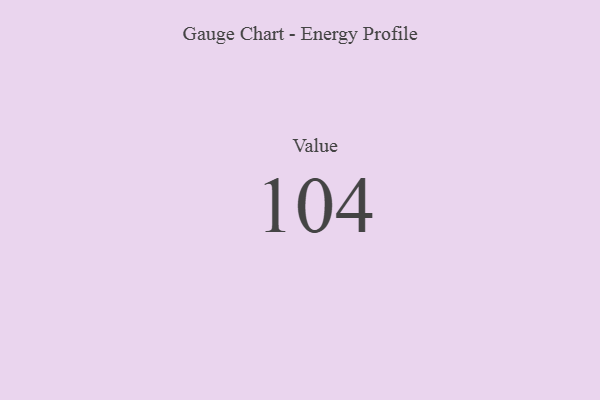
{"axis": {"x": "Metric", "y": "Value"}, "legend": [""], "data": [{"x": "Value", "y": 104, "type": ""}]}